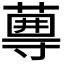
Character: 𡭆